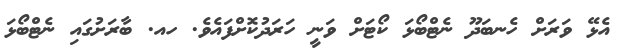
އެޅޭ ވަރަށް ހެނބަދޫ ނެޓްބޯޅަ ކޯޓަށް ވަނީ ހަރަދުކޮށްފައެވެ. ހއ. ބާރަށުގައި ނެޓްބޯޅަ